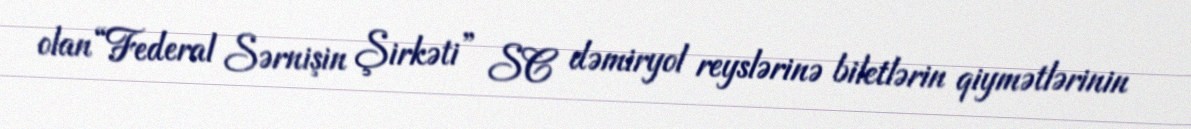
olan “Federal Sərnişin Şirkəti” SC dəmiryol reyslərinə biletlərin qiymətlərinin